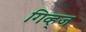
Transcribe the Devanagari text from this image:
गिव्ह्‌ज